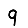
Digit: 9